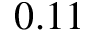
0 . 1 1